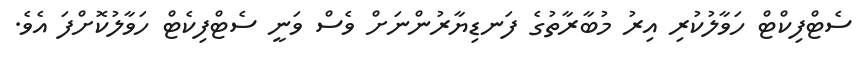
ސެޓްފިކްޓް ހަވާލުކުރި އިރު މުބާރާތުގެ ފަނޑިޔާރުންނަށް ވެސް ވަނީ ސެޓްފިކެޓް ހަވާލުކޮށްފަ އެވެ.